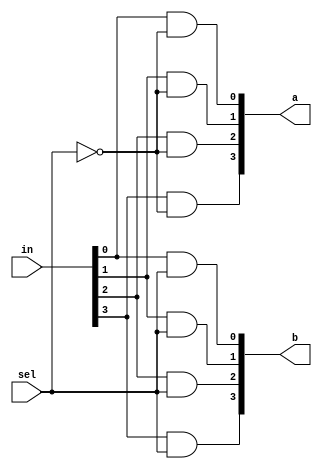
`timescale 1ns/1ps

module Dmux_1x2_4bit(in, a, b, sel);
input [4-1:0] in;
input sel;
output [4-1:0] a,b;

wire notsel;
not notselwire(notsel, sel);

and and_a0(a[0], in[0], notsel);
and and_a1(a[1], in[1], notsel);
and and_a2(a[2], in[2], notsel);
and and_a3(a[3], in[3], notsel);

and and_b0(b[0], in[0], sel);
and and_b1(b[1], in[1], sel);
and and_b2(b[2], in[2], sel);
and and_b3(b[3], in[3], sel);

endmodule

module Mux_2x1_4bit(f, a, b, sel);
    input [4-1:0] a,b;
    input sel;
    output [4-1:0] f;

    wire selbar;
    wire [2-1:0]n1,n2,n3,n4;

    not notw(selbar, sel);

    and and0(n1[0], a[0], selbar);
    and and0a(n1[1], b[0], sel);

    and and1(n2[0], a[1], selbar);
    and and1a(n2[1], b[1], sel);    

    and and2(n3[0], a[2], selbar);
    and and2a(n3[1], b[2], sel);

    and and3(n4[0], a[3], selbar);
    and and3a(n4[1], b[3], sel);

    or or0(f[0], n1[0],n1[1]);
    or or1(f[1], n2[0],n2[1]);
    or or2(f[2], n3[0],n3[1]);
    or or3(f[3], n4[0],n4[1]);
endmodule


module Crossbar_2x2_4bit(in1, in2, control, out1, out2);
input [4-1:0] in1, in2;
input control;
output [4-1:0] out1, out2;

wire negcontrol;
not not1(negcontrol, control);

wire [4-1:0]DmuxOutTopA, DmuxOutTopB, DmuxOutBotA, DmuxOutBotB;

//dmux part
Dmux_1x2_4bit TopDmux(in1, DmuxOutTopA, DmuxOutTopB, control);
Dmux_1x2_4bit BotDmux(in2, DmuxOutBotA, DmuxOutBotB, negcontrol);

//mux part
Mux_2x1_4bit TopMux(out1, DmuxOutTopA, DmuxOutBotA, control);
Mux_2x1_4bit BotMux(out2, DmuxOutTopB, DmuxOutBotB, negcontrol);

endmodule



module Crossbar_4x4_4bit(in1, in2, in3, in4, out1, out2, out3, out4, control);
input [4-1:0] in1, in2, in3, in4;
input [5-1:0] control;
output [4-1:0] out1, out2, out3, out4;

wire [4-1:0] topleftA, topleftB, botleftA, botleftB, centerA, centerB;

//left_part
Crossbar_2x2_4bit topleft(in1, in2, control[0], topleftA, topleftB);
Crossbar_2x2_4bit botleft(in3, in4, control[3], botleftA, botleftB);

//center
Crossbar_2x2_4bit center(topleftB, botleftA, control[2], centerA, centerB);

//right_part
Crossbar_2x2_4bit topright(topleftA, centerA, control[1], out1, out2);
Crossbar_2x2_4bit botright(centerB, botleftB, control[4], out3, out4);
endmodule